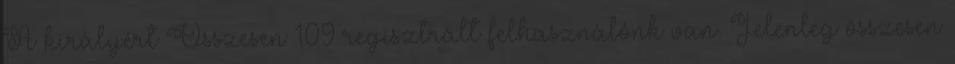
A királyért Összesen 109 regisztrált felhasználónk van. Jelenleg összesen